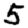
Digit: 5